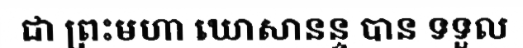
ជា ព្រះមហា ឃោសានន្ទ បាន ទទួល